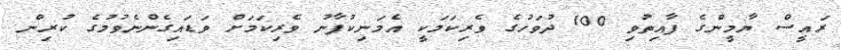
ރައީސް ޔާމީންގެ ފާއިތުވި 100 ދުވަހުގެ ވެރިކަމަކީ އެމަނިކުފާނު ވެރިކަމަށް ވަޑައިގެންނެވުމުގެ ކުރިން